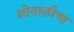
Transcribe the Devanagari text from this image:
सोनालीचा